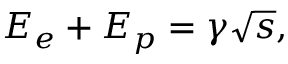
E _ { e } + E _ { p } = \gamma \sqrt { s } ,